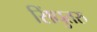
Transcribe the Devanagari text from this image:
सिंधुतरु